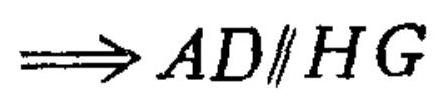
\(\Longrightarrow AD\parallel HG\)